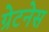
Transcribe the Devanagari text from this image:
ग्रेटनेस